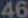
46